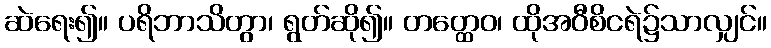
ဆဲရေး၍။ ပရိဘာသိတွာ၊ ရွတ်ဆို၍။ တတ္ထေဝ၊ ထိုအဝီစိငရဲ၌သာလျှင်။